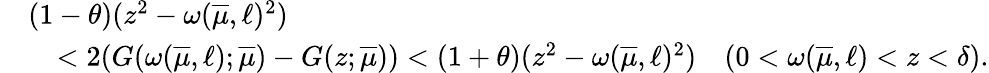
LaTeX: \begin{array}{rl}&{(1-\theta)(z^{2}-\omega(\overline{{\mu}},\ell)^{2})}\\ &{\quad<2(G(\omega(\overline{{\mu}},\ell);\overline{{\mu}})-G(z;\overline{{\mu}}))<(1+\theta)(z^{2}-\omega(\overline{{\mu}},\ell)^{2})\quad(0<\omega(\overline{{\mu}},\ell)<z<\delta).}\end{array}